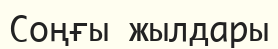
Соңғы жылдары